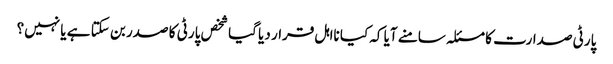
پارٹی صدارت کا مسئلہ سامنے آیا کہ کیا نااہل قرار دیا گیا شخص پارٹی کا صدر بن سکتا ہے یا نہیں؟